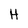
Character: H